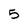
Character: 5